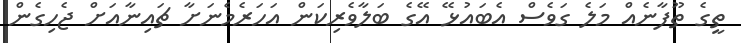
ތީގެ ތޫފާނެއް މަލެ ގަވެސް އެބައުޅޭ އޭގެ ބަލާވެރިކަން އަހަރެމެނަށާ ޗައިނާއަށް ޖެހިގެން